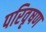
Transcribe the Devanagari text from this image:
परिवृषण